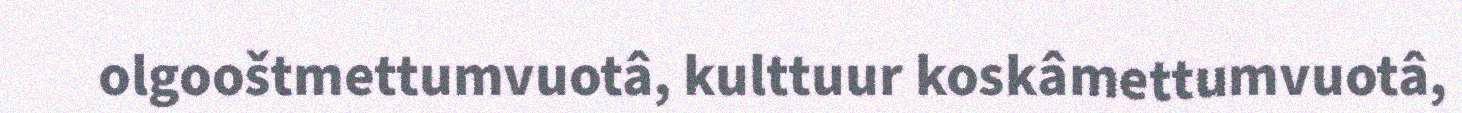
olgooštmettumvuotâ, kulttuur koskâmettumvuotâ,